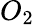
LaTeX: O_{2}